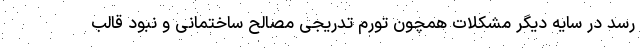
رسد در سایه دیگر مشکلات همچون تورم تدریجی مصالح ساختمانی و نبود قالب